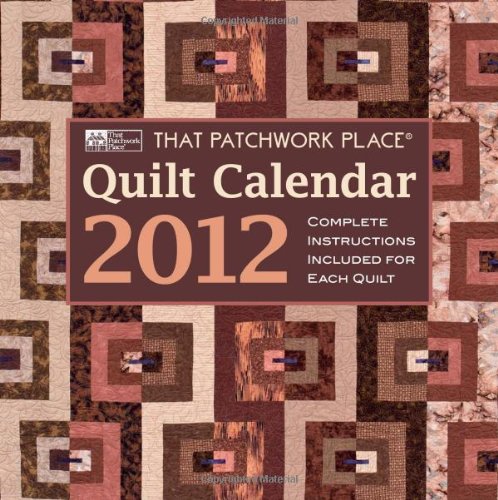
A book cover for That Patchwork Place Quilt Calendar 2012; That Patchwork Place; Calendars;